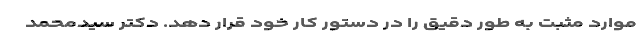
موارد مثبت به طور دقیق را در دستور کار خود قرار دهد. دکتر سیدمحمد